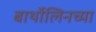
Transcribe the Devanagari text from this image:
बार्थोलिनच्या